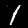
Digit: 1